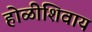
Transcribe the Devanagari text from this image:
होळीशिवाय